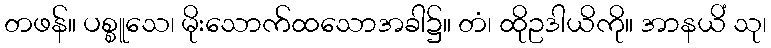
တဖန်။ ပစ္စူသေ၊ မိုးသောက်ထသောအခါ၌။ တံ၊ ထိုဥဒါယိကို။ အာနယိံ သု၊